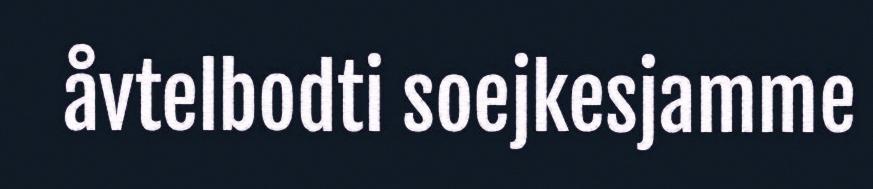
åvtelbodti soejkesjamme